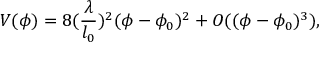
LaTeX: V ( \phi ) = 8 ( \frac { \lambda } { l _ { 0 } } ) ^ { 2 } ( \phi - \phi _ { 0 } ) ^ { 2 } + O ( ( \phi - \phi _ { 0 } ) ^ { 3 } ) ,